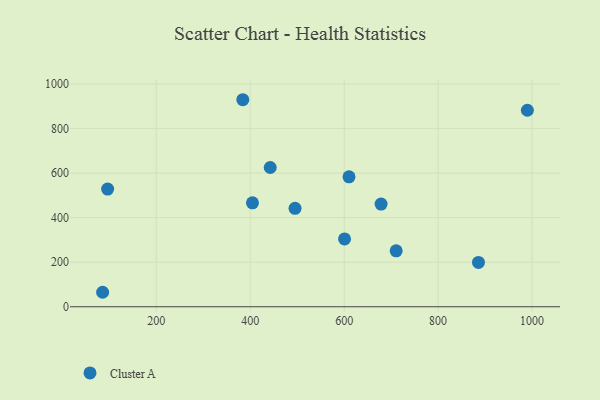
{"axis": {"x": "Engine Size", "y": "Exam Score"}, "legend": ["Cluster A"], "data": [{"x": "96.5", "y": 528.4, "type": "Cluster A"}, {"x": "85.8", "y": 65.0, "type": "Cluster A"}, {"x": "990.0", "y": 882.2, "type": "Cluster A"}, {"x": "495.4", "y": 441.9, "type": "Cluster A"}, {"x": "678.6", "y": 460.8, "type": "Cluster A"}, {"x": "600.8", "y": 304.7, "type": "Cluster A"}, {"x": "610.3", "y": 583.3, "type": "Cluster A"}, {"x": "404.8", "y": 466.6, "type": "Cluster A"}, {"x": "885.9", "y": 198.8, "type": "Cluster A"}, {"x": "384.2", "y": 929.4, "type": "Cluster A"}, {"x": "710.7", "y": 250.9, "type": "Cluster A"}, {"x": "442.6", "y": 625.2, "type": "Cluster A"}]}